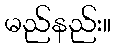
မည်နည်း။